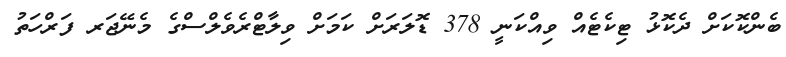
ބެންކޮކަށް ދެކޮޅު ޓިކެޓެއް ވިއްކަނީ 378 ޑޮލަރަށް ކަމަށް ވިލާޓްރެވެލްސްގެ މެނޭޖަރ ފަރްހަތު